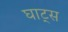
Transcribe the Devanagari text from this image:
घाट्स